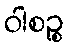
ဝါစဉ္စ